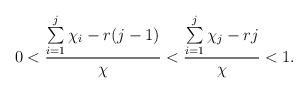
LaTeX: \begin{align*}0 < \frac{ \sum\limits _{i=1}^j\chi_i - r(j-1)}{\chi} < \frac{\sum\limits_{i=1}^j\chi_j-rj}{\chi} < 1. \end{align*}